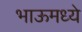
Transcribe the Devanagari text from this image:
भाऊमध्ये